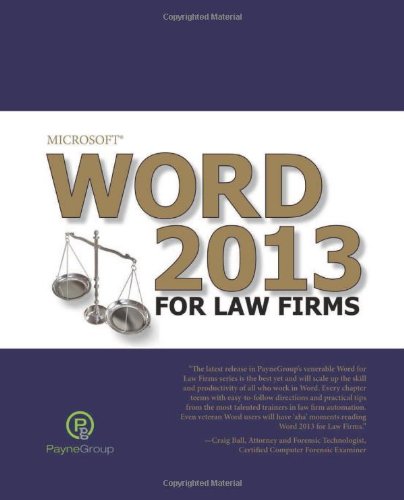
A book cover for Microsoft Word 2013 for Law Firms; The Payne Group; Computers & Technology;